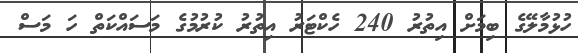
ހުޅުމާލޭގެ ބިމަށް އިތުރު 240 ހެކްޓަރު އިތުރު ކުރުމުގެ މަސައްކަތް ހަ މަސް